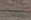
الإسباني